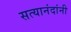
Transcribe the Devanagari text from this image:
सत्यानंदांनी